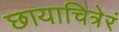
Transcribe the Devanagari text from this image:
छायाचित्रेरं